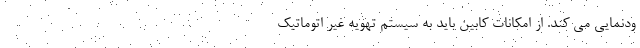
ودنمایی می کند. از امکانات کابین باید به سیستم تهویه غیر اتوماتیک